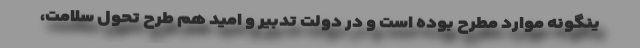
ینگونه موارد مطرح بوده است و در دولت تدبیر و امید هم طرح تحول سلامت،